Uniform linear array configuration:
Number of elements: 4
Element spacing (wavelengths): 0.25
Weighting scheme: kaiser
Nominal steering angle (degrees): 60
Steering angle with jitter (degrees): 60.774
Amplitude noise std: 0.05
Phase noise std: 0.05

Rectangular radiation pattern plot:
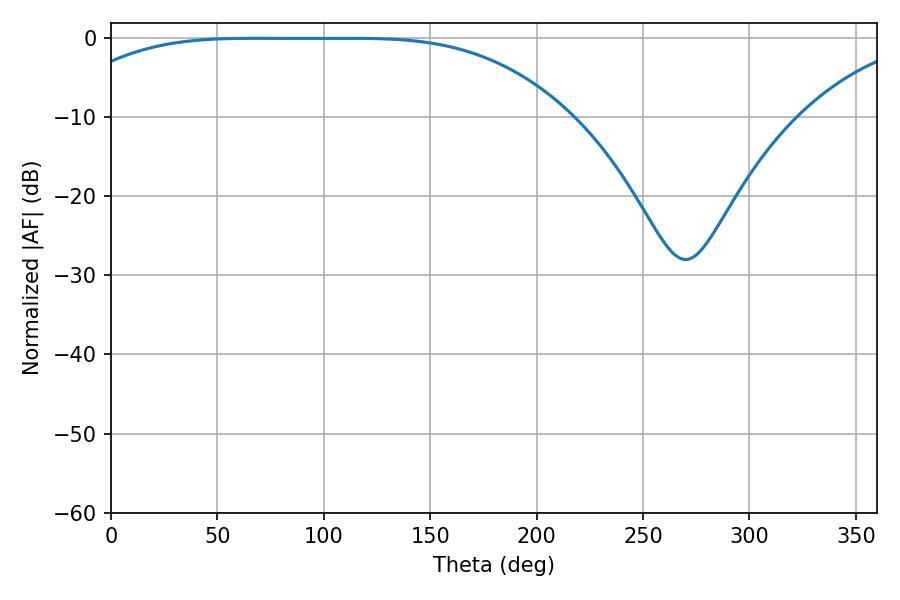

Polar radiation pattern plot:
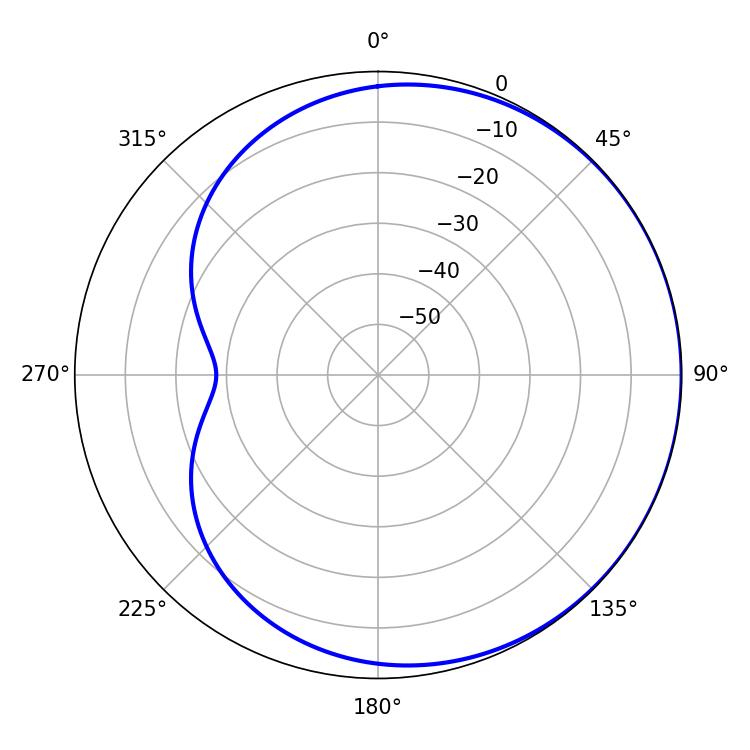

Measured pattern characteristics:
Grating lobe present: FALSE
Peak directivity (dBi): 0.498
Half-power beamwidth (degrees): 180.72
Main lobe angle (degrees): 68.4